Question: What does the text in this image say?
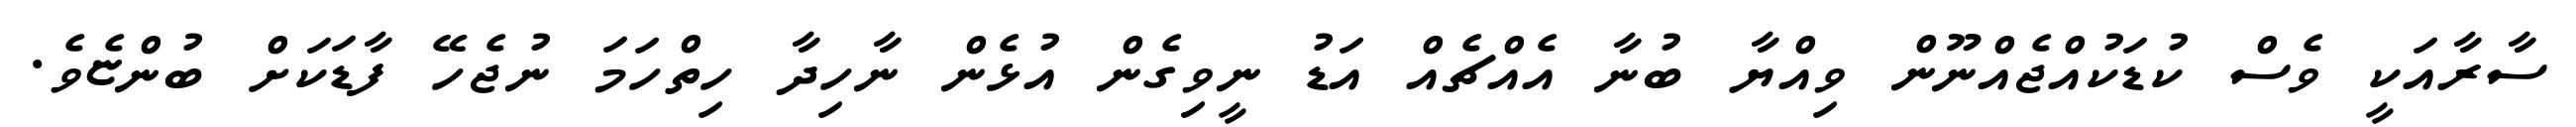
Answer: ސާރާއަކީ ވެސް ކުޑަކުއްޖެއްނޫން ވިއްޔާ ބުނާ އެއްޗެއް އަޑު ނީވިގެން އުޅެން ނާހިދާ ހިތްހަމަ ނުޖެހޭ ފާޑަކަށް ބުންޏެވެ.